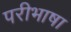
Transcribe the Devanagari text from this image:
परीभाषा